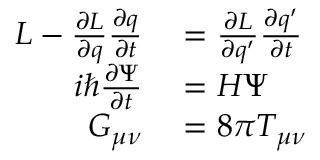
\begin{array} { r l } { L - \frac { \partial L } { \partial q } \frac { \partial q } { \partial t } } & { { } = \frac { \partial L } { \partial q ^ { \prime } } \frac { \partial q ^ { \prime } } { \partial t } } \\ { i \hbar \frac { \partial \Psi } { \partial t } } & { { } = H \Psi } \\ { G _ { \mu \nu } } & { { } = 8 \pi T _ { \mu \nu } } \end{array}